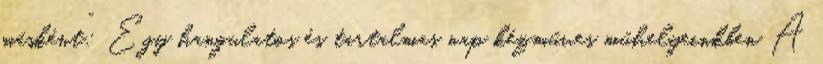
másként”: Egy hangulatos és tartalmas nap kézműves műhelyeinkben A